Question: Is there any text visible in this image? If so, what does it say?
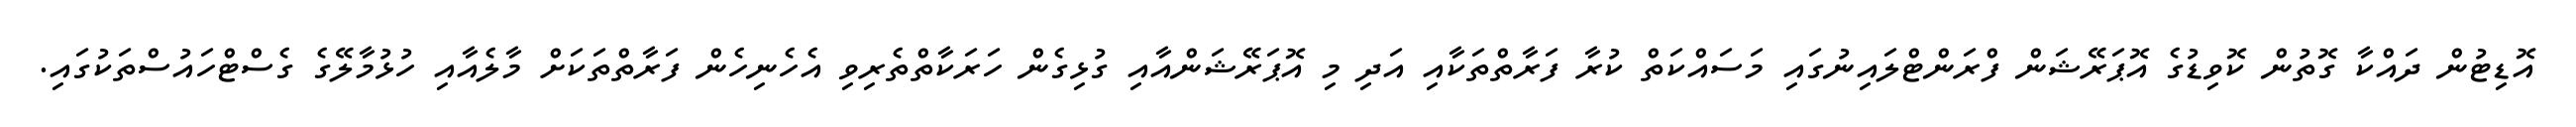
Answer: އޮޑިޓުން ދައްކާ ގޮތުން ކޮވިޑުގެ އޮޕަރޭޝަން ފްރަންޓްލައިނުގައި މަސައްކަތް ކުރާ ފަރާތްތަކާއި އަދި މި އޮޕަރޭޝަންއާއި ގުޅިގެން ހަރަކާތްތެރިވި އެހެނިހެން ފަރާތްތަކަށް މާލެއާއި ހުޅުމާލޭގެ ގެސްޓްހައުސްތަކުގައި.